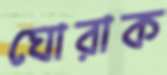
ঘোরাক